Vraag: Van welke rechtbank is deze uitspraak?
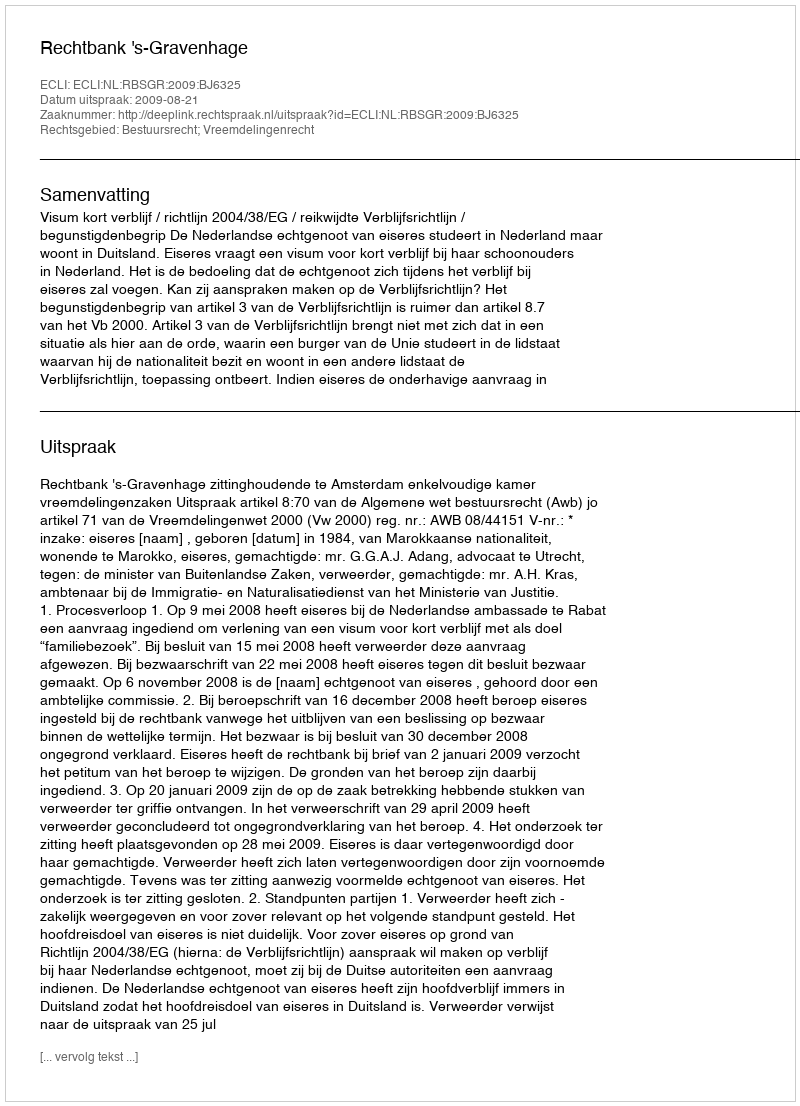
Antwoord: Rechtbank 's-Gravenhage